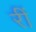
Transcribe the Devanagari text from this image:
रीं